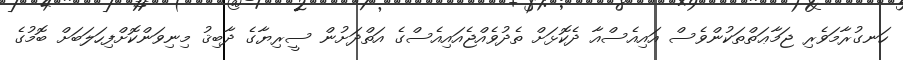
ހަނގުރާމަވެރި ޖަމާޢަތްތަކުންވެސް އައިއެސްއާ ދެކޮޅަށް ތެދުވެއްޖެއައިއެސްގެ އަތްދަށުން ސީރިޔާގެ ދާބިޤު މިނިވަންކޮށްފިހަލަބަށް ބޮމުގެ